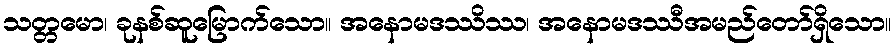
သတ္တမော၊ ခုနစ်ဆူမြောက်သော။ အနောမဒဿိဿ၊ အနောမဒဿီအမည်တော်ရှိသော။